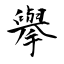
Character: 擧